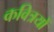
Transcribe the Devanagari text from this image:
कवित्रयों